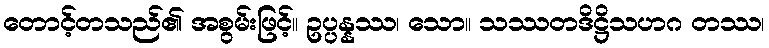
တောင့်တသည်၏ အစွမ်းဖြင့်။ ဥပ္ပန္နဿ၊ သော။ သဿတဒိဋ္ဌိသဟဂ တဿ၊